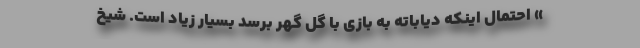
» احتمال اینکه دیاباته به بازی با گل گهر برسد بسیار زیاد است. شیخ